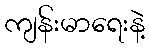
ကျန်းမာရေးနဲ့